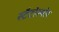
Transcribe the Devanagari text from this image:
स्टैटोस्पोर